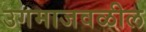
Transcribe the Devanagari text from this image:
उगमाजवळील